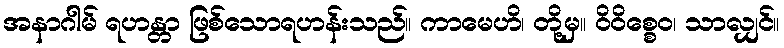
အနာဂါမ် ရဟန္တာ ဖြစ်သောရဟန်းသည်။ ကာမေဟိ၊ တို့မှ။ ဝိဝိစ္စေဝ၊ သာလျှင်။